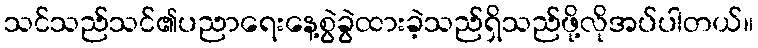
သင်သည်သင်၏ပညာရေးနေ့စွဲခွဲထားခဲ့သည်ရှိသည်ဖို့လိုအပ်ပါတယ်။